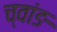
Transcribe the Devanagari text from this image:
च्वांङ